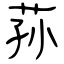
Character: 荪